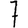
Digit: 7